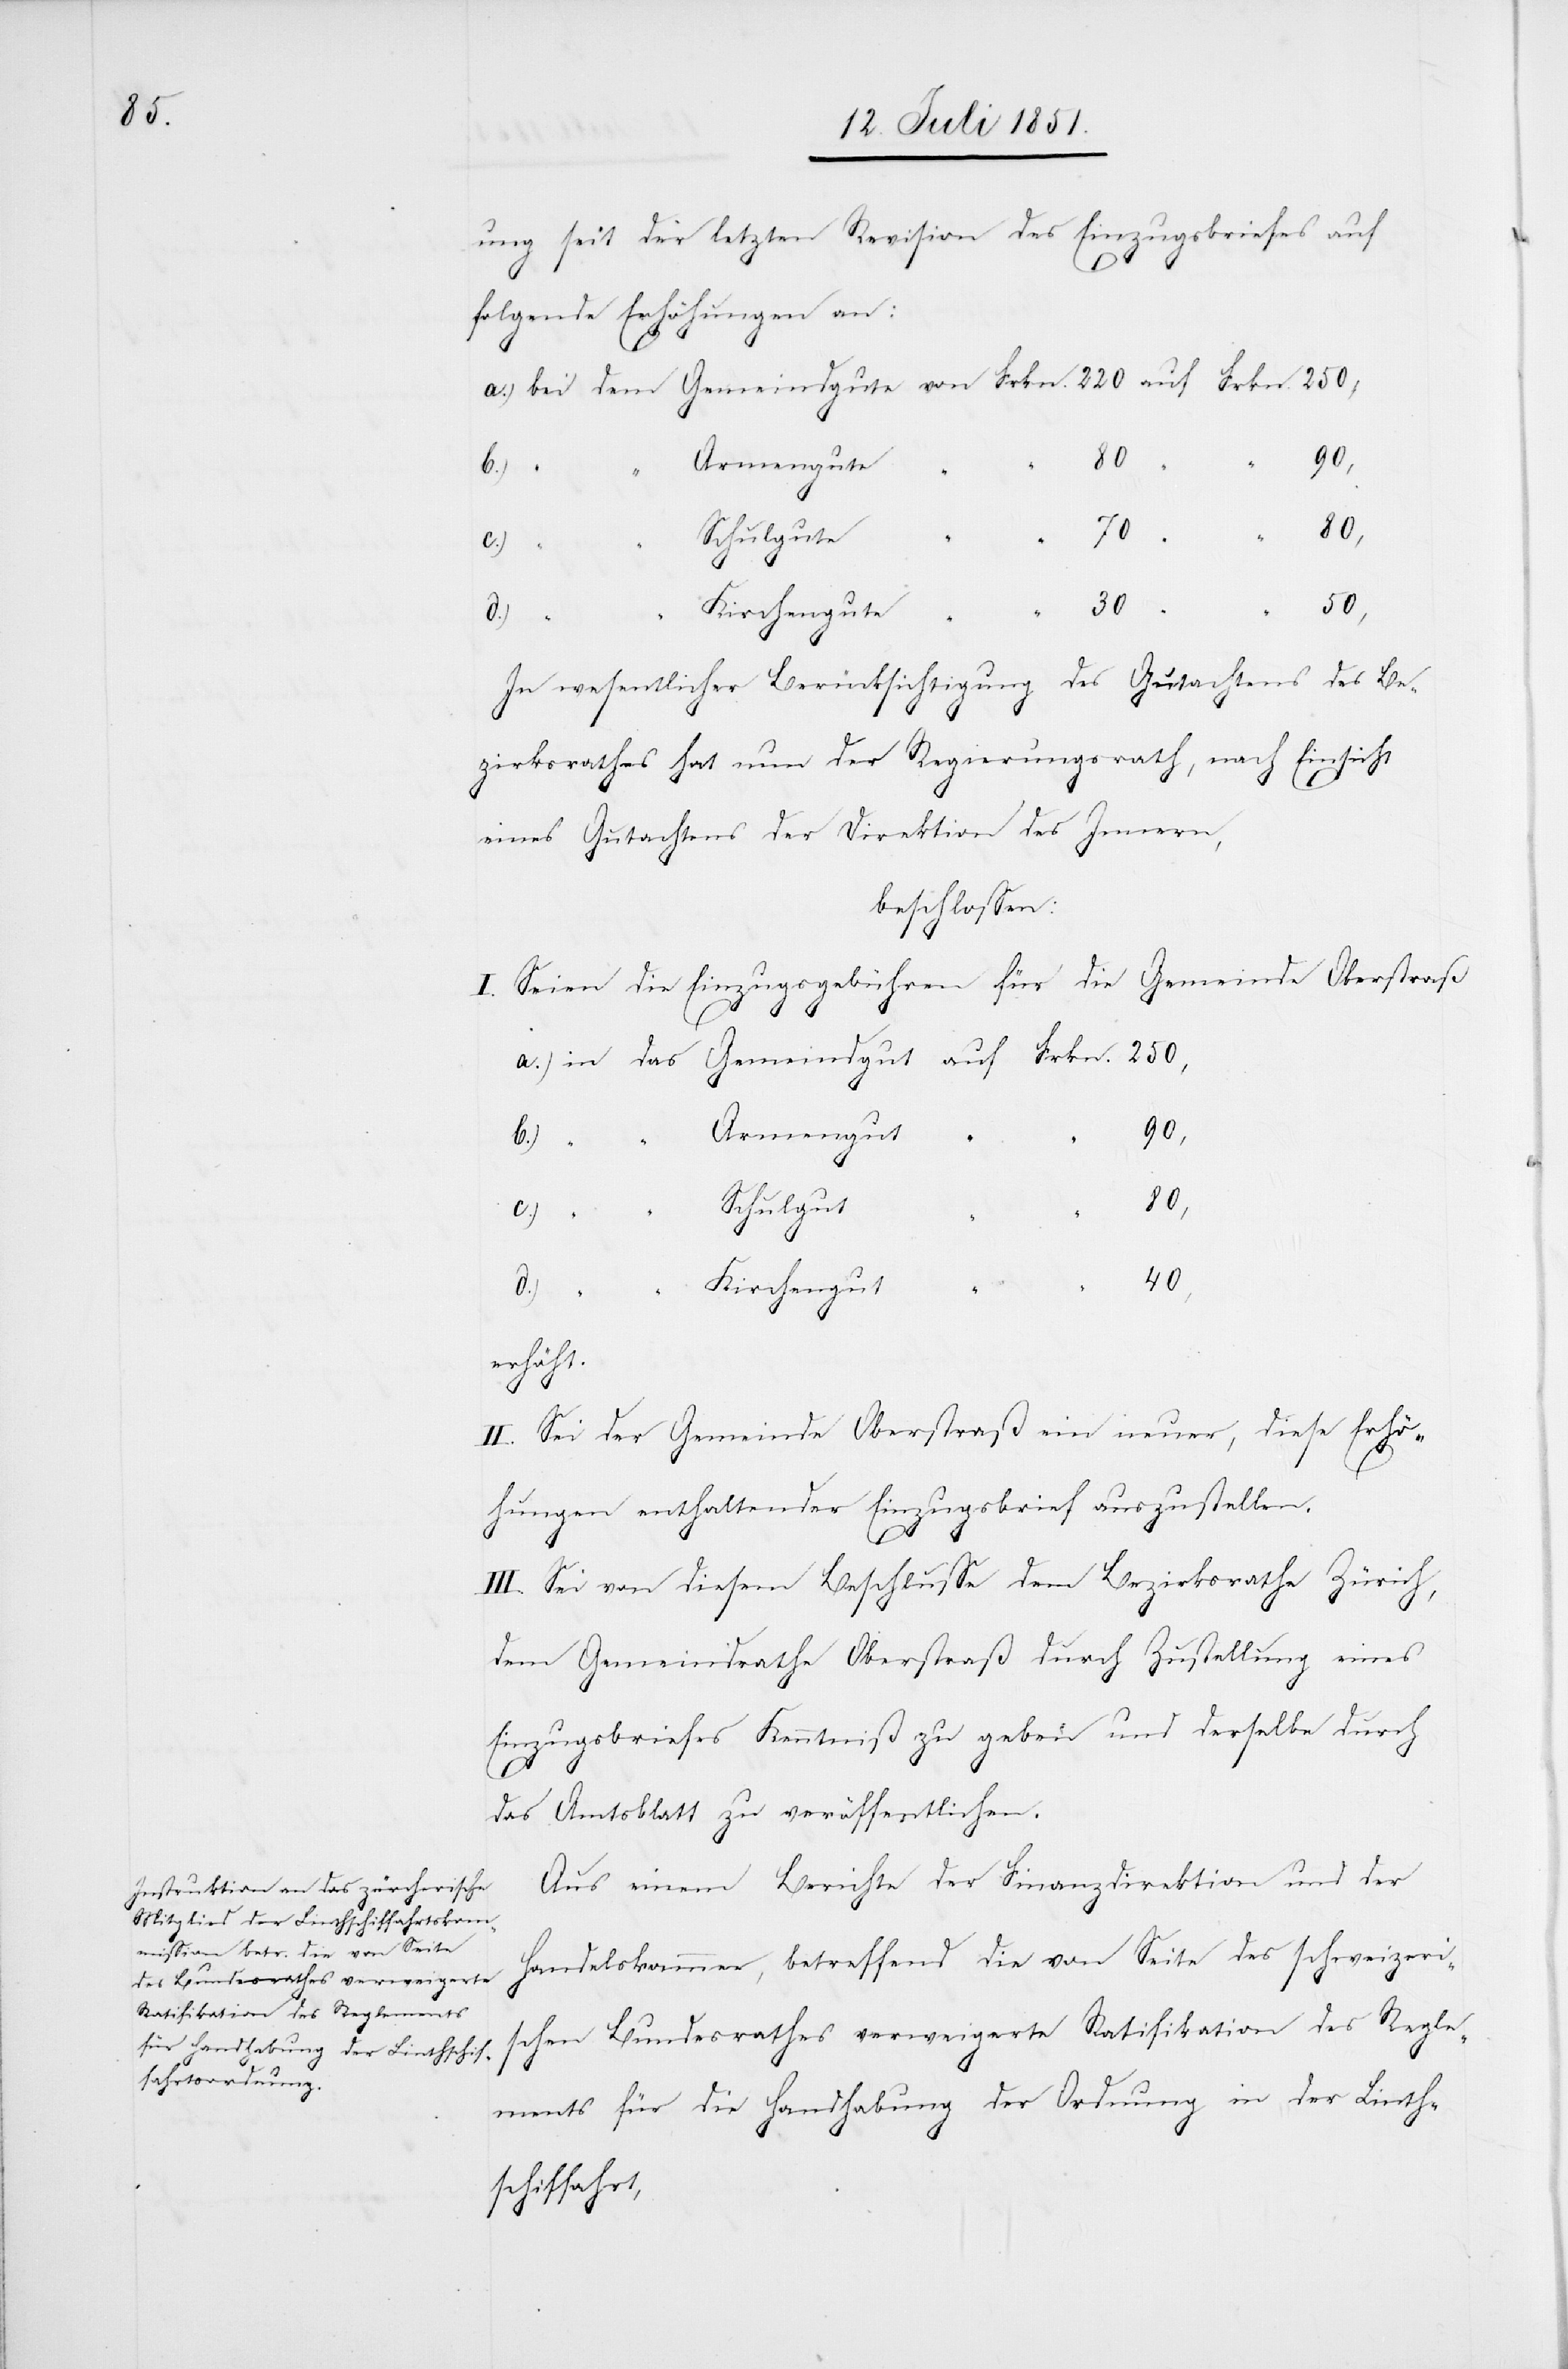
ung seit der letzten Revision des Einzugsbriefes auf
folgende Erhöhungen an:
“
“
90,
50,
Armengut
Kirchengute
“ 30
In wesentlicher Berücksichtigung des Gutachtens des Be¬
zirksrathes hat nun der Regierungsrath, nach Einsicht
eines Gutachtens der Direktion des Innern,
beschlossen:
Einzugsgebühren für die Gemeinde Oberstraß
I. Seien die
Gemeindgut
d.)
40,
Schulgut
Kirchengut
Frkn.
erhöht.
II. Sei der Gemeinde Oberstraß ein neuer, diese Erhö¬
hungen enthaltender Einzugsbrief auszustellen.
III. Sei von diesem Beschlusse dem Bezirksrathe Zürich,
dem Gemeindrathe Oberstraß durch Zustellung eines
Einzugsbriefes Kenntniß zu geben und derselbe durch
das Amtsblatt zu veröffentlichen.
Aus einem Berichte der Finanzdirektion und der
Handelskammer, betreffend die von Seite des schweizeri¬
schen Bundesrathes verweigerte Ratifikation des Regle¬
ments für die Handhabung der Ordnung in der Linth¬
schiffahrt,